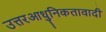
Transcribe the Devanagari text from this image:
उत्तरआधुनिकतावादी